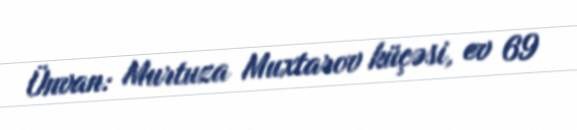
Ünvan: Murtuza Muxtarov küçəsi, ev 69